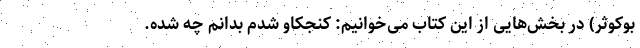
بوکوثر) در بخش‌هایی از این کتاب می‌خوانیم: کنجکاو شدم بدانم چه شده.